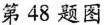
第48题图